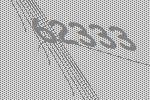
62333